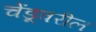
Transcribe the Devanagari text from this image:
चेंडूवरील